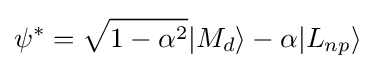
\psi ^{*}={\sqrt {1-\alpha ^{2}}}\vert M_{d}\rangle -\alpha \vert L_{np}\rangle